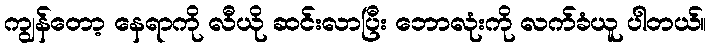
ကျွန်တော့ နေရာကို လီယို ဆင်းလာပြီး ဘောလုံးကို လက်ခံယူ ပါတယ်။